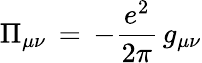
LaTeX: \Pi_{\mu\nu}\, =\, -\frac{e^{2}}{2\pi}\, g_{\mu\nu}